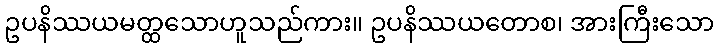
ဥပနိဿယမတ္ထသောဟူသည်ကား။ ဥပနိဿယတောစ၊ အားကြီးသော